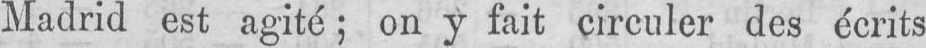
Madrid est agité; on y fait circuler des écrits